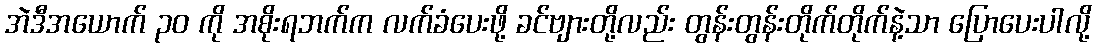
အဲဒီအယောက် ၃၀ ကို အစိုးရဘက်က လက်ခံပေးဖို့ ခင်ဗျားတို့လည်း တွန်းတွန်းတိုက်တိုက်နဲ့သာ ပြောပေးပါလို့